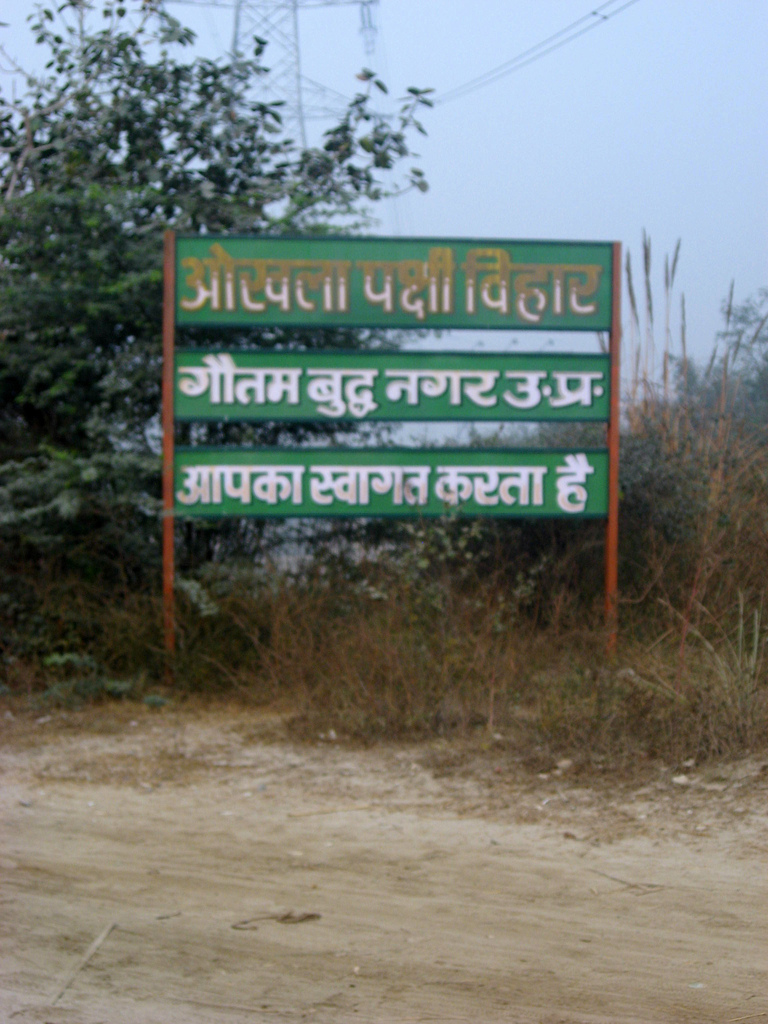
Language: hindi
Transcription: बुद्ध प्र ओखला पक्षी विहार गौतम नगर उ स्वागत करता है